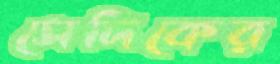
সেদিকের